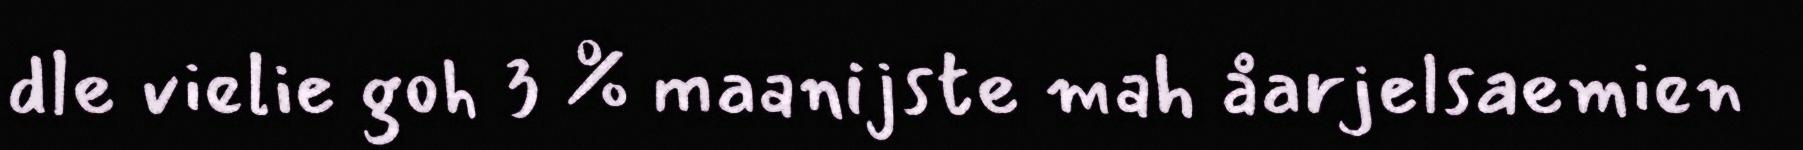
dle vielie goh 3 % maanijste mah åarjelsaemien